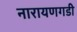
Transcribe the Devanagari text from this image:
नारायणगडी